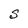
Character: S